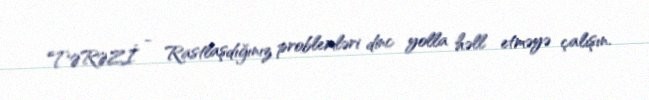
TƏRƏZİ - Rastlaşdığınız problemləri dinc yolla həll etməyə çalışın.